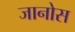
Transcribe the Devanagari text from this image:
जानोस